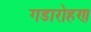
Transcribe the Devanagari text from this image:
गडारोहण